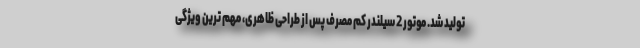
تولید شد. موتور 2 سیلندر کم مصرف پس از طراحی ظاهری، مهم ترین ویژگی